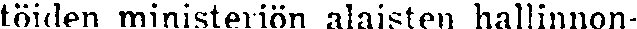
töiden ministeriön alaisten hallinnon-